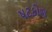
ષટકોણ